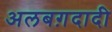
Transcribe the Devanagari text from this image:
अलबग़दादी